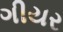
ગીયર